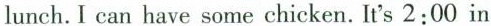
lunch. I can have some chicken. It's 2:00 in